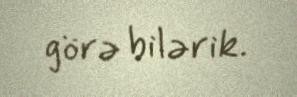
görə bilərik.